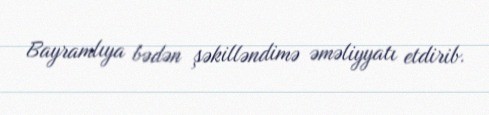
Bayramlıya bədən şəkilləndimə əməliyyatı etdirib.